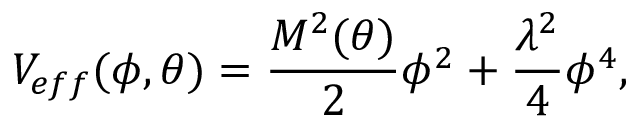
V _ { e f f } ( \phi , \theta ) = \frac { { \cal M } ^ { 2 } ( \theta ) } { 2 } \phi ^ { 2 } + \frac { \lambda ^ { 2 } } { 4 } \phi ^ { 4 } ,